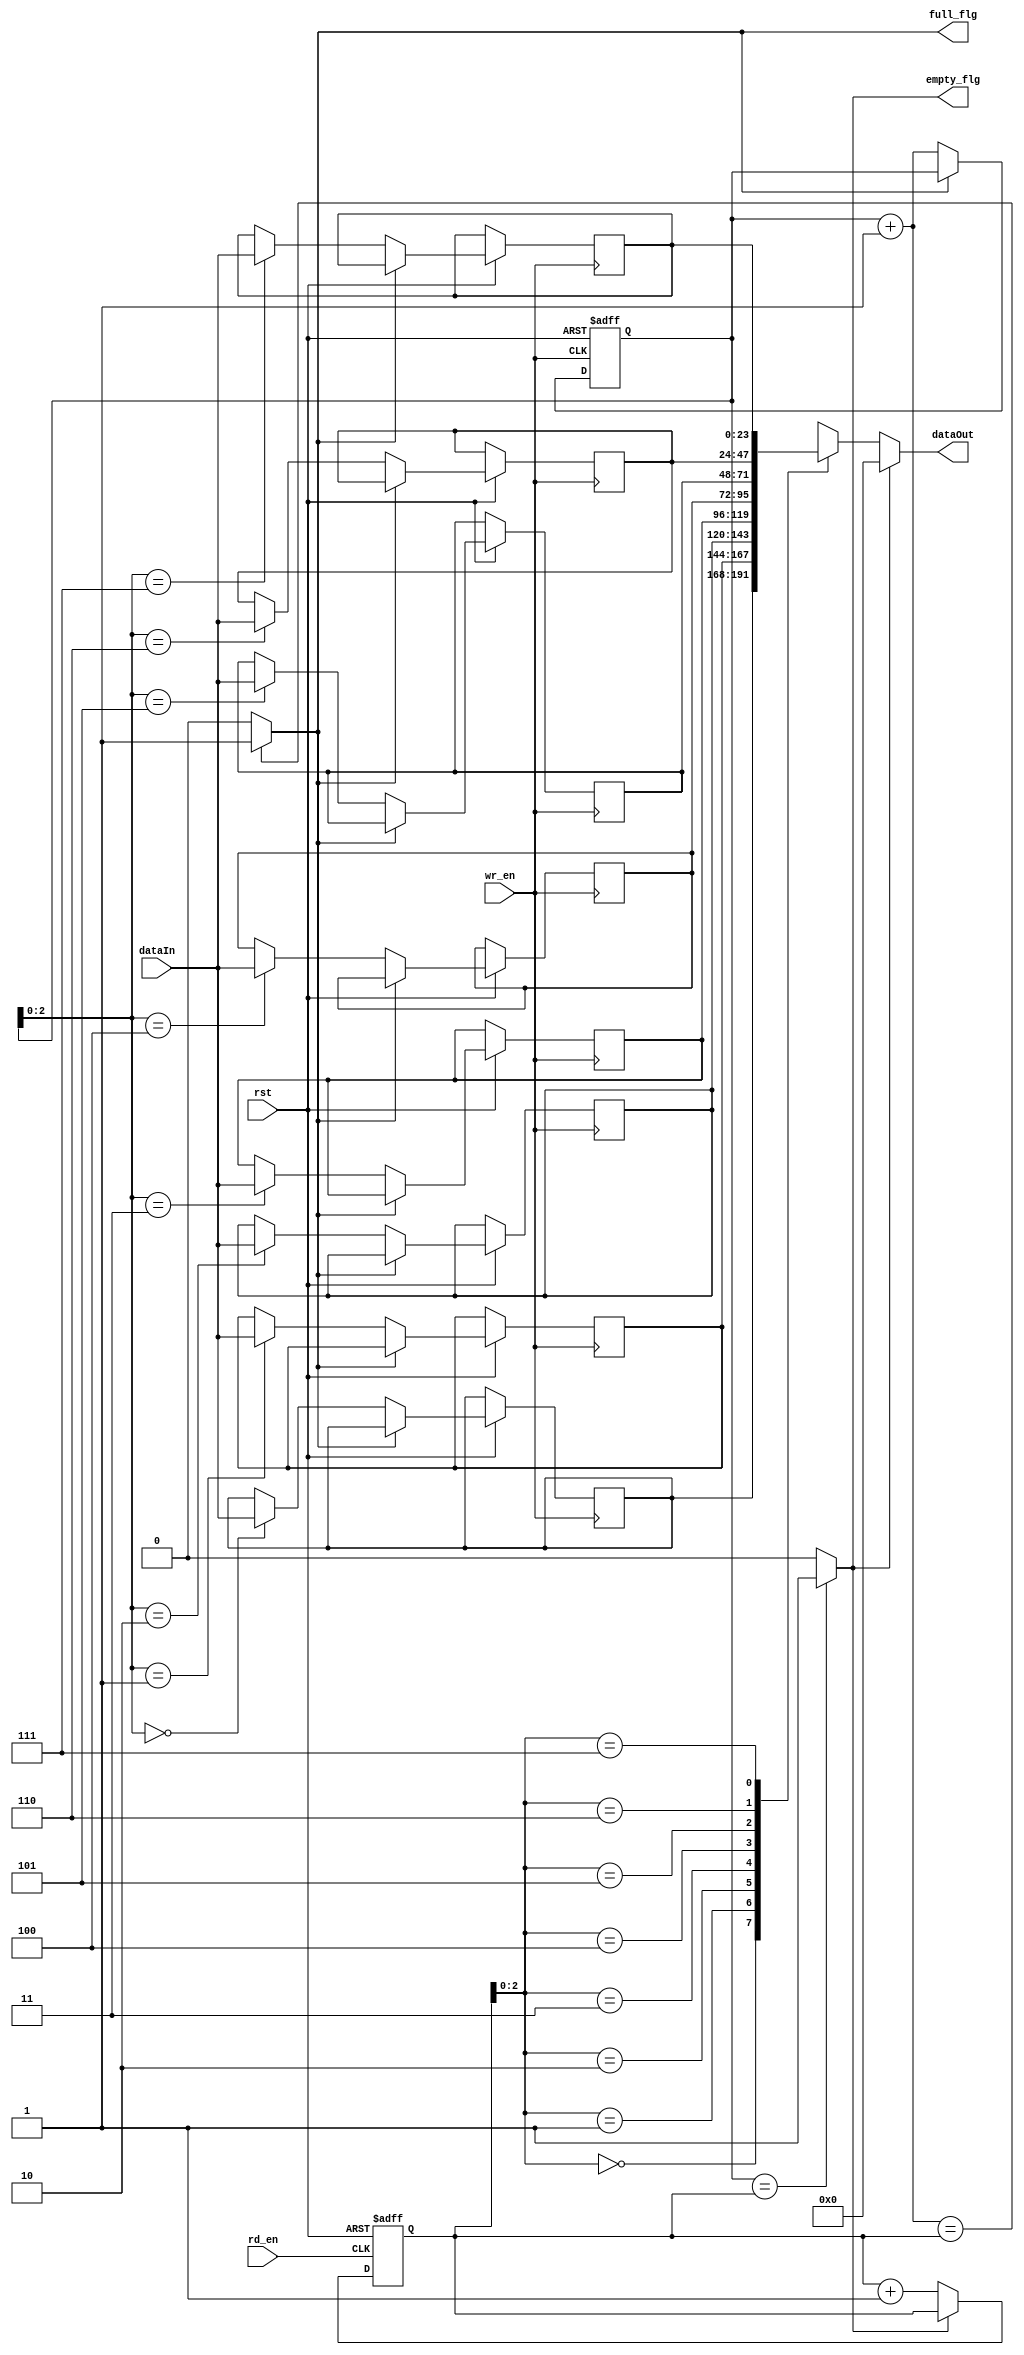
module FIFO_WxD #(
	parameter U_FIFO_WIDTH = 24, 	// word width of FIFO
	parameter U_FIFO_SQ_DEPTH = 10 // 2^n depth of the FIFO (3k byte - 1 FIFO by default)
	)(
	input wire rst,
	input wire [U_FIFO_WIDTH - 1:0] dataIn,
	input wire wr_en,
	input wire rd_en,
	output wire [U_FIFO_WIDTH - 1:0] dataOut,
	output wire full_flg,
	output wire empty_flg
	);

	// FIFO buffer instance
	reg [U_FIFO_WIDTH - 1:0] fifo [(2^U_FIFO_SQ_DEPTH) - 1:0];
	
	// pointer counters (set to 0 initially)
	reg [U_FIFO_SQ_DEPTH - 1:0] wr_ptr = 0;
	reg [U_FIFO_SQ_DEPTH - 1:0] rd_ptr = 0;
	
	// write block
	always@(posedge wr_en or negedge rst)
	begin
		
		if(!rst)	// async reset
			wr_ptr <= 0;
		else if(!full_flg) // write data to the buffer and inc the write pointer
		begin
			fifo[wr_ptr] <= dataIn;
			wr_ptr <= wr_ptr + 1'b1;
		end
	end // write block

	// read block
	always@(posedge rd_en or negedge rst)
	begin
		
		if(!rst)
			rd_ptr <= 0;
		else if(!empty_flg)
		begin
			rd_ptr <= rd_ptr + 1'b1;
		end
	end // read block

	// assign the outputs continously (pointers determine flags and data)
	assign empty_flg = (wr_ptr == rd_ptr)? 1'b1 : 1'b0; 
	assign full_flg = ((wr_ptr + {{U_FIFO_SQ_DEPTH-1{1'b0}}, 1'b1}) == rd_ptr)? 1'b1 : 1'b0; // because of the full flg decision the fifo depth is 2^n - 1
	assign dataOut = (empty_flg)? {U_FIFO_WIDTH{1'b0}} : fifo[rd_ptr]; // 0 if empty
	
endmodule